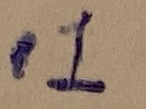
Text: .1